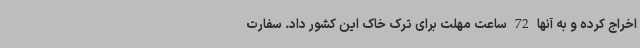
اخراج کرده و به آنها 72 ساعت مهلت برای ترک خاک این کشور داد. سفارت